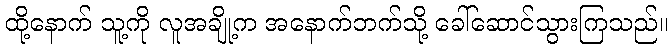
ထို့နောက် သူ့ကို လူအချို့က အနောက်ဘက်သို့ ခေါ်ဆောင်သွားကြသည်။